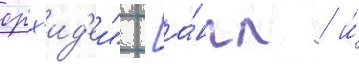
орх'ид'еи" [а́нгл. / и́